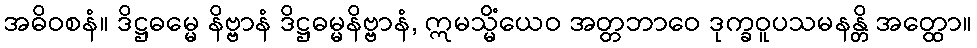
အဓိဝစနံ။ ဒိဋ္ဌဓမ္မေ နိဗ္ဗာနံ ဒိဋ္ဌဓမ္မနိဗ္ဗာနံ, ဣမသ္မိံယေဝ အတ္တဘာဝေ ဒုက္ခဝူပသမနန္တိ အတ္ထော။